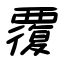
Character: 覆